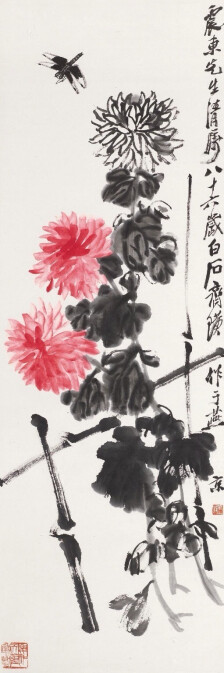
无限枝头好颜色，可怜开不为重阳。